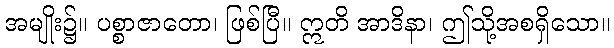
အမျိုး၌။ ပစ္စာဇာတော၊ ဖြစ်ပြီ။ ဣတိ အာဒိနာ၊ ဤသို့အစရှိသော။